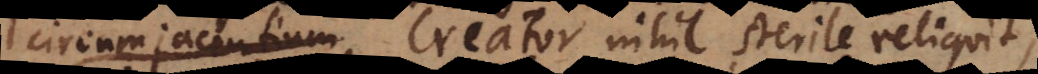
circumjacentium. Creator nihil sterile reliqu